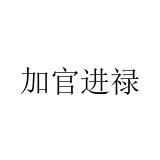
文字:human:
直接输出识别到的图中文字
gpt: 加官进禄